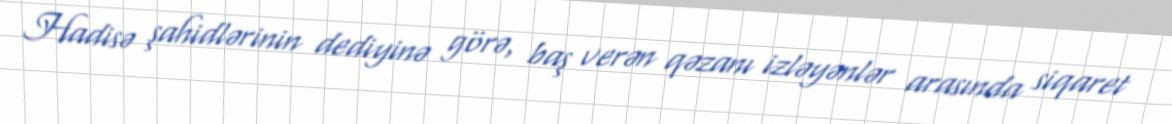
Hadisə şahidlərinin dediyinə görə, baş verən qəzanı izləyənlər arasında siqaret